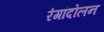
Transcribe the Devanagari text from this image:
रंगांदोलन